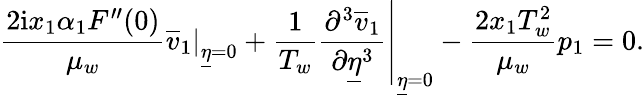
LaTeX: \frac{2\mathrm{i}x_{1}\alpha_{1}F^{\prime\prime}(0)}{\mu_{w}}\left.\overline{{v}}_{1}\right\vert_{\underline{{\eta}}=0}+\frac{1}{T_{w}}\left.\frac{\partial^{3}\overline{{v}}_{1}}{\partial\underline{{\eta}}^{3}}\right\vert_{\underline{{\eta}}=0}-\frac{2x_{1}T_{w}^{2}}{\mu_{w}}p_{1}=0.